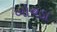
બોચડા